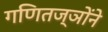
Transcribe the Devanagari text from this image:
गणितज्ञोंने